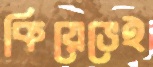
কিয়েভেই